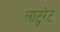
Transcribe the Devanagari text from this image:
लाटुरेट